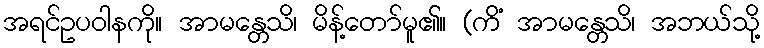
အရင်ဥပဝါနကို။ အာမန္တေသိ၊ မိန့်တော်မူ၏။ (ကိံ အာမန္တေသိ၊ အဘယ်သို့